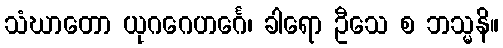
သံဃာတော ယုဂဂေဟင်္ဂေ၊ ခါရော ဦသေ စ ဘသ္မနိ။